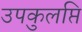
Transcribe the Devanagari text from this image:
उपकुलप्ति